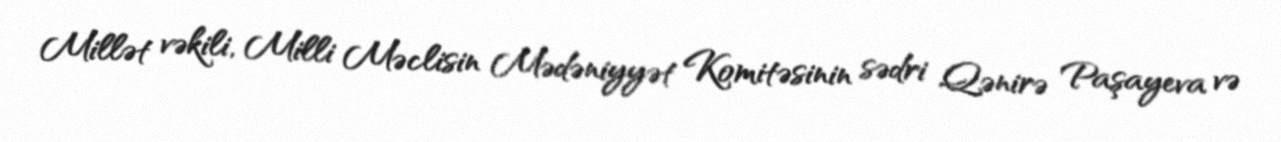
Millət vəkili, Milli Məclisin Mədəniyyət Komitəsinin sədri Qənirə Paşayeva və